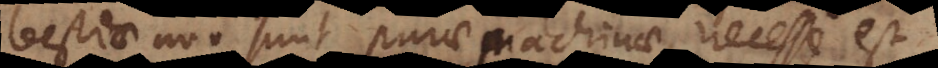
bestiae non sunt purae machinae, necesse est